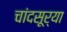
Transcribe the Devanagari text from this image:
चांदसूर्या